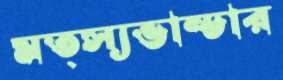
মত্স্যভান্ডার